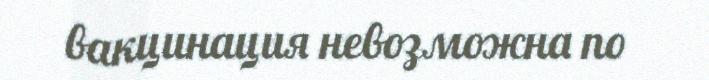
вакцинация невозможна по